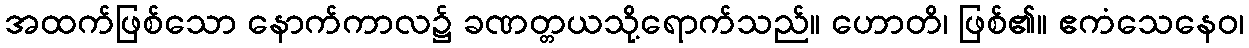
အထက်ဖြစ်သော နောက်ကာလ၌ ခဏတ္တယသို့ရောက်သည်။ ဟောတိ၊ ဖြစ်၏။ ဧကံသေနေဝ၊